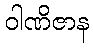
ဝါဏိဇာန